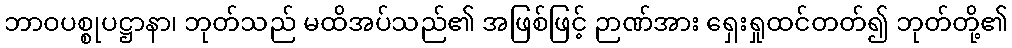
ဘာဝပစ္စုပဋ္ဌာနာ၊ ဘုတ်သည် မထိအပ်သည်၏ အဖြစ်ဖြင့် ဉာဏ်အား ရှေးရှုထင်တတ်၍ ဘုတ်တို့၏